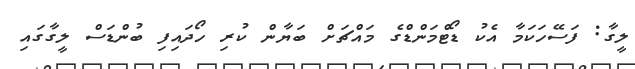
ލީގާ: ފަސޭހަކަމާ އެކު ޑޯޓްމަންޑްގެ މައްޗަށް ބަޔާން ކުރި ހޯދައިފި ބުންޑަސް ލީގާގައި